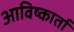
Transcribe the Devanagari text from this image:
आविष्कार्ता